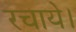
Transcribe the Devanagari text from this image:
रचाये।